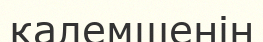
қалемшенің